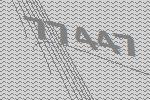
77447